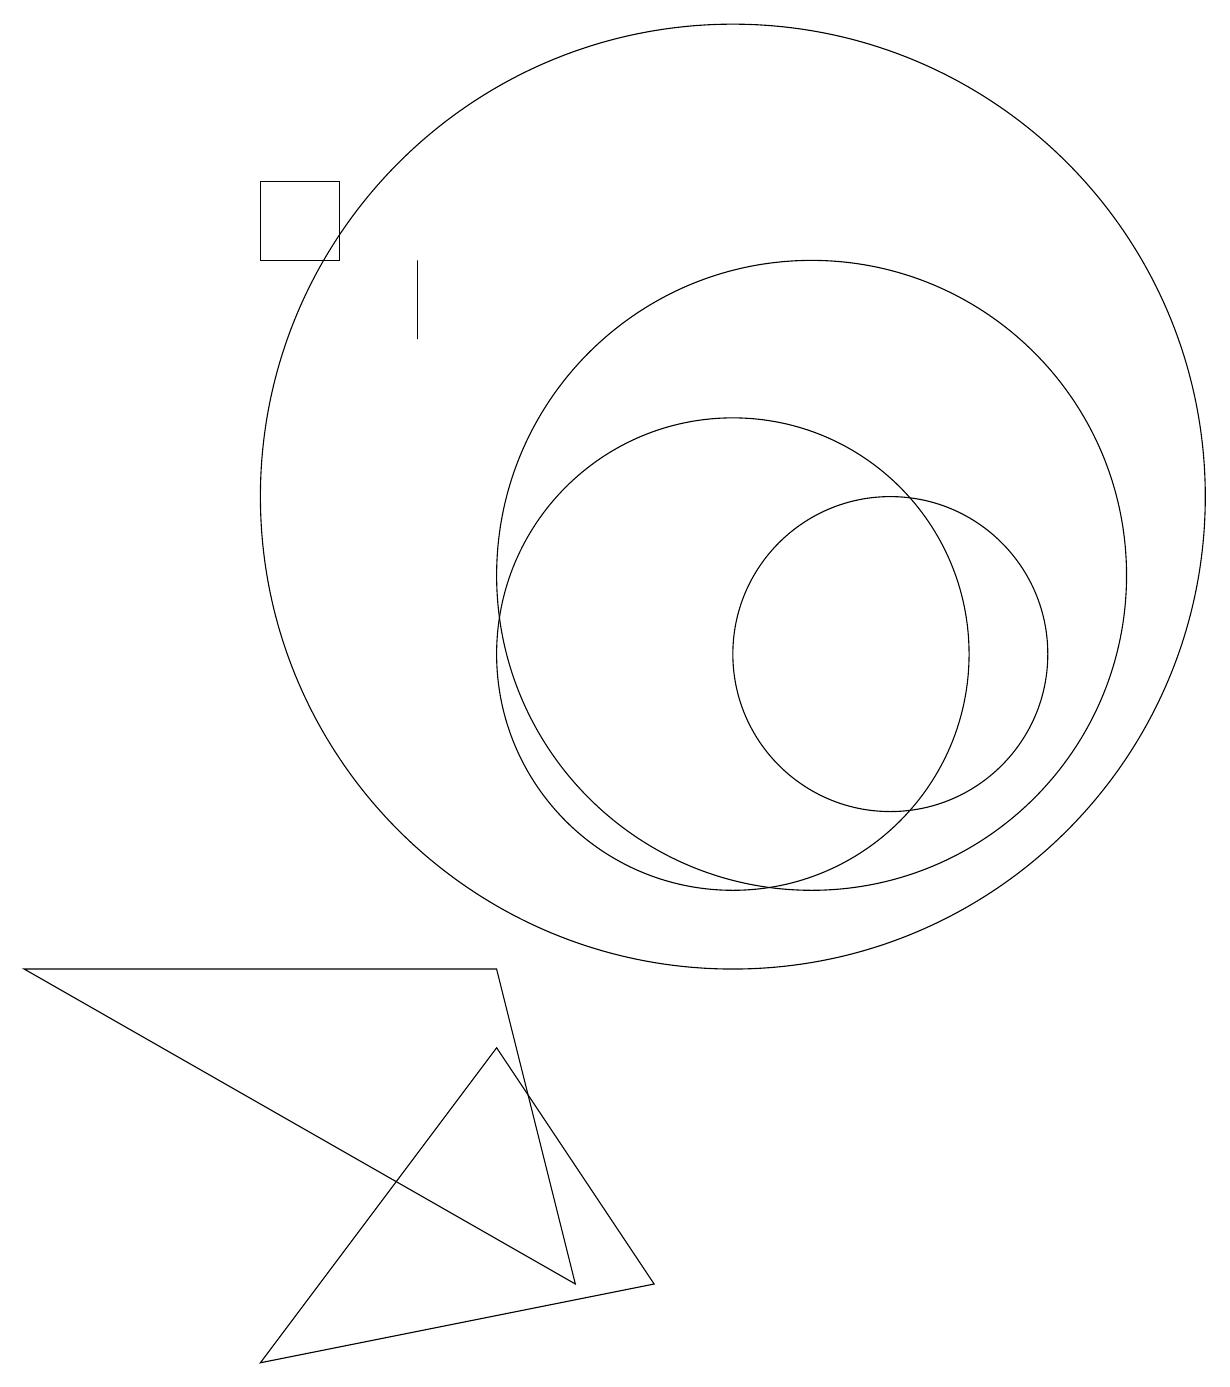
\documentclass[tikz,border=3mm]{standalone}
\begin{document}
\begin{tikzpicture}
\draw (5,15) rectangle (4,16);
\draw (8,2) -- (1,6) -- (7,6) -- cycle;
\draw (11,11) circle (4);
\draw (10,12) circle (6);
\draw (7,5) -- (9,2) -- (4,1) -- cycle;
\draw (6,14) rectangle (6,15);
\draw (10,10) circle (3);
\draw (12,10) circle (2);
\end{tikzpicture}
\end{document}